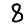
Digit: 8